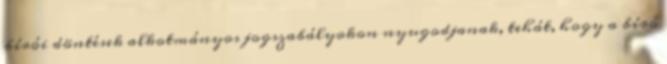
bírói döntések alkotmányos jogszabályokon nyugodjanak, tehát, hogy a bíró